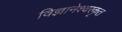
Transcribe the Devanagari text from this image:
विज्ञानेश्वरकृत